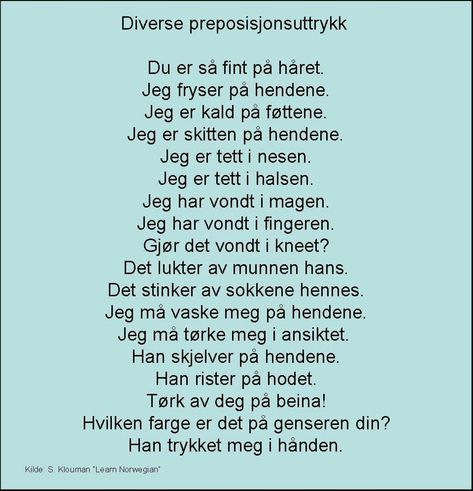
Language: no